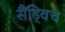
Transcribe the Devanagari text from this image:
सैंड्विच